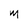
Character: M